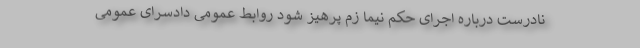
نادرست درباره اجرای حکم نیما زم پرهیز شود روابط عمومی دادسرای عمومی